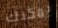
يمكنك